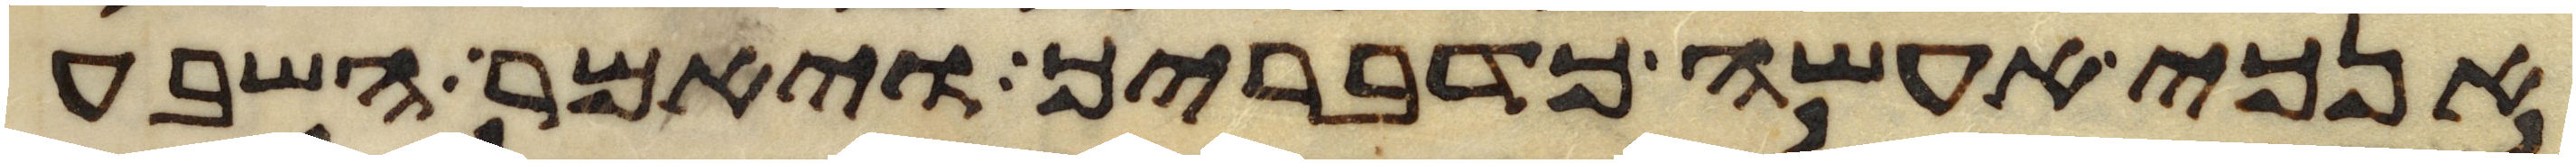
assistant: אנכי אעשה כדבריך ויאמר השבע